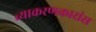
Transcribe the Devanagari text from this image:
व्याकरणकारांस